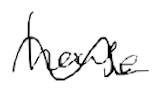
Text: house
Cross-out: wave
Writing tool: digital_black